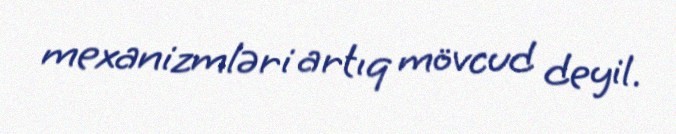
mexanizmləri artıq mövcud deyil.